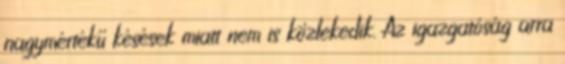
nagymértékű késések miatt nem is közlekedik. Az igazgatóság arra